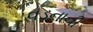
વડનાની